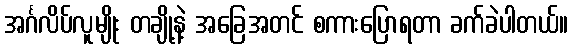
အင်္ဂလိပ်လူမျိုး တချို့နဲ့ အခြေအတင် စကားပြောရတာ ခက်ခဲပါတယ်။